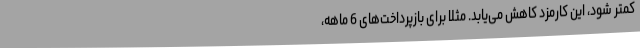
کمتر شود، این کارمزد کاهش می‌یابد. مثلاً برای بازپرداخت‌های 6 ماهه،